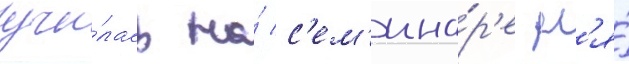
учи́лась на́ с'ем'ина́р'е дл'я́